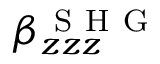
\beta _ { z z z } ^ { \mathrm { ~ S ~ H ~ G ~ } }